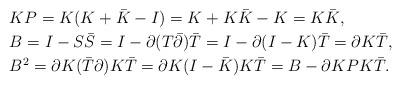
LaTeX: \begin{align*}& KP=K(K+\bar K-I)=K+K\bar K-K=K\bar K,\\& B=I-S\bar S=I-\partial (T\bar\partial)\bar T=I-\partial(I-K)\bar T=\partial K\bar T,\\& B^2=\partial K(\bar T \partial) K\bar T=\partial K(I-\bar K) K\bar T=B-\partial KPK\bar T.\end{align*}